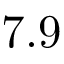
7 . 9